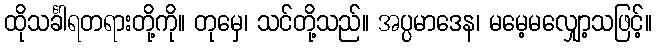
ထိုသင်္ခါရတရားတို့ကို။ တုမှေ၊ သင်တို့သည်။ အပ္ပမာဒေန၊ မမေ့မလျှော့သဖြင့်။